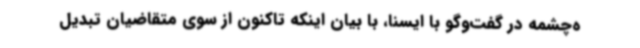
ه‌چشمه در گفت‌وگو با ایسنا، با بیان اینکه تاکنون از سوی متقاضیان تبدیل